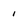
Character: 1